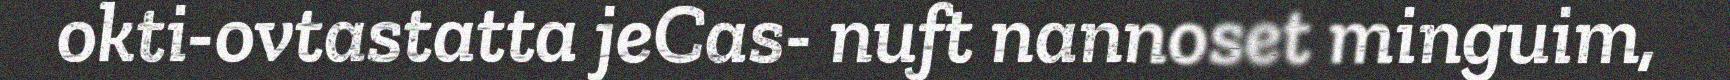
okti-ovtastatta jeCas- nuft nannoset minguim,